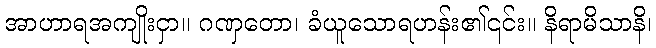
အာဟာရအကျိုးငှာ။ ဂဏှတော၊ ခံယူသောရဟန်း၏၎င်း။ နိရာမိသာနိ၊